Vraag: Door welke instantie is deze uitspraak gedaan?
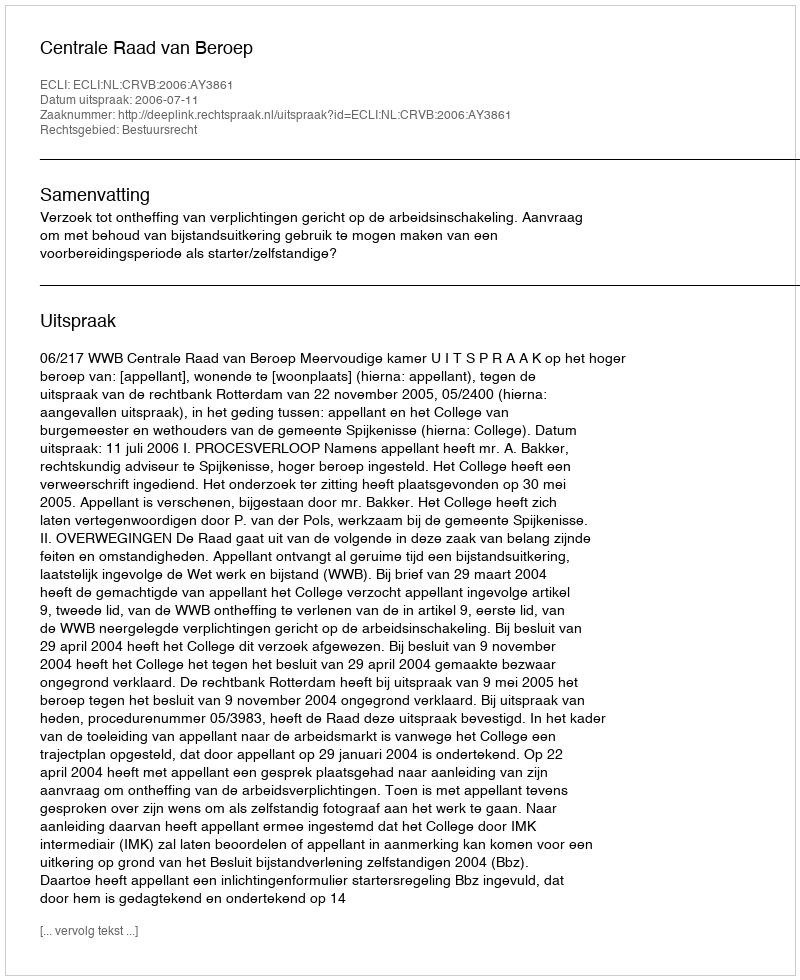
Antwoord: Centrale Raad van Beroep